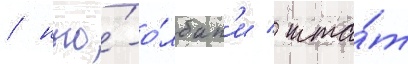
/ нью́-о́лбан'и / шта́т